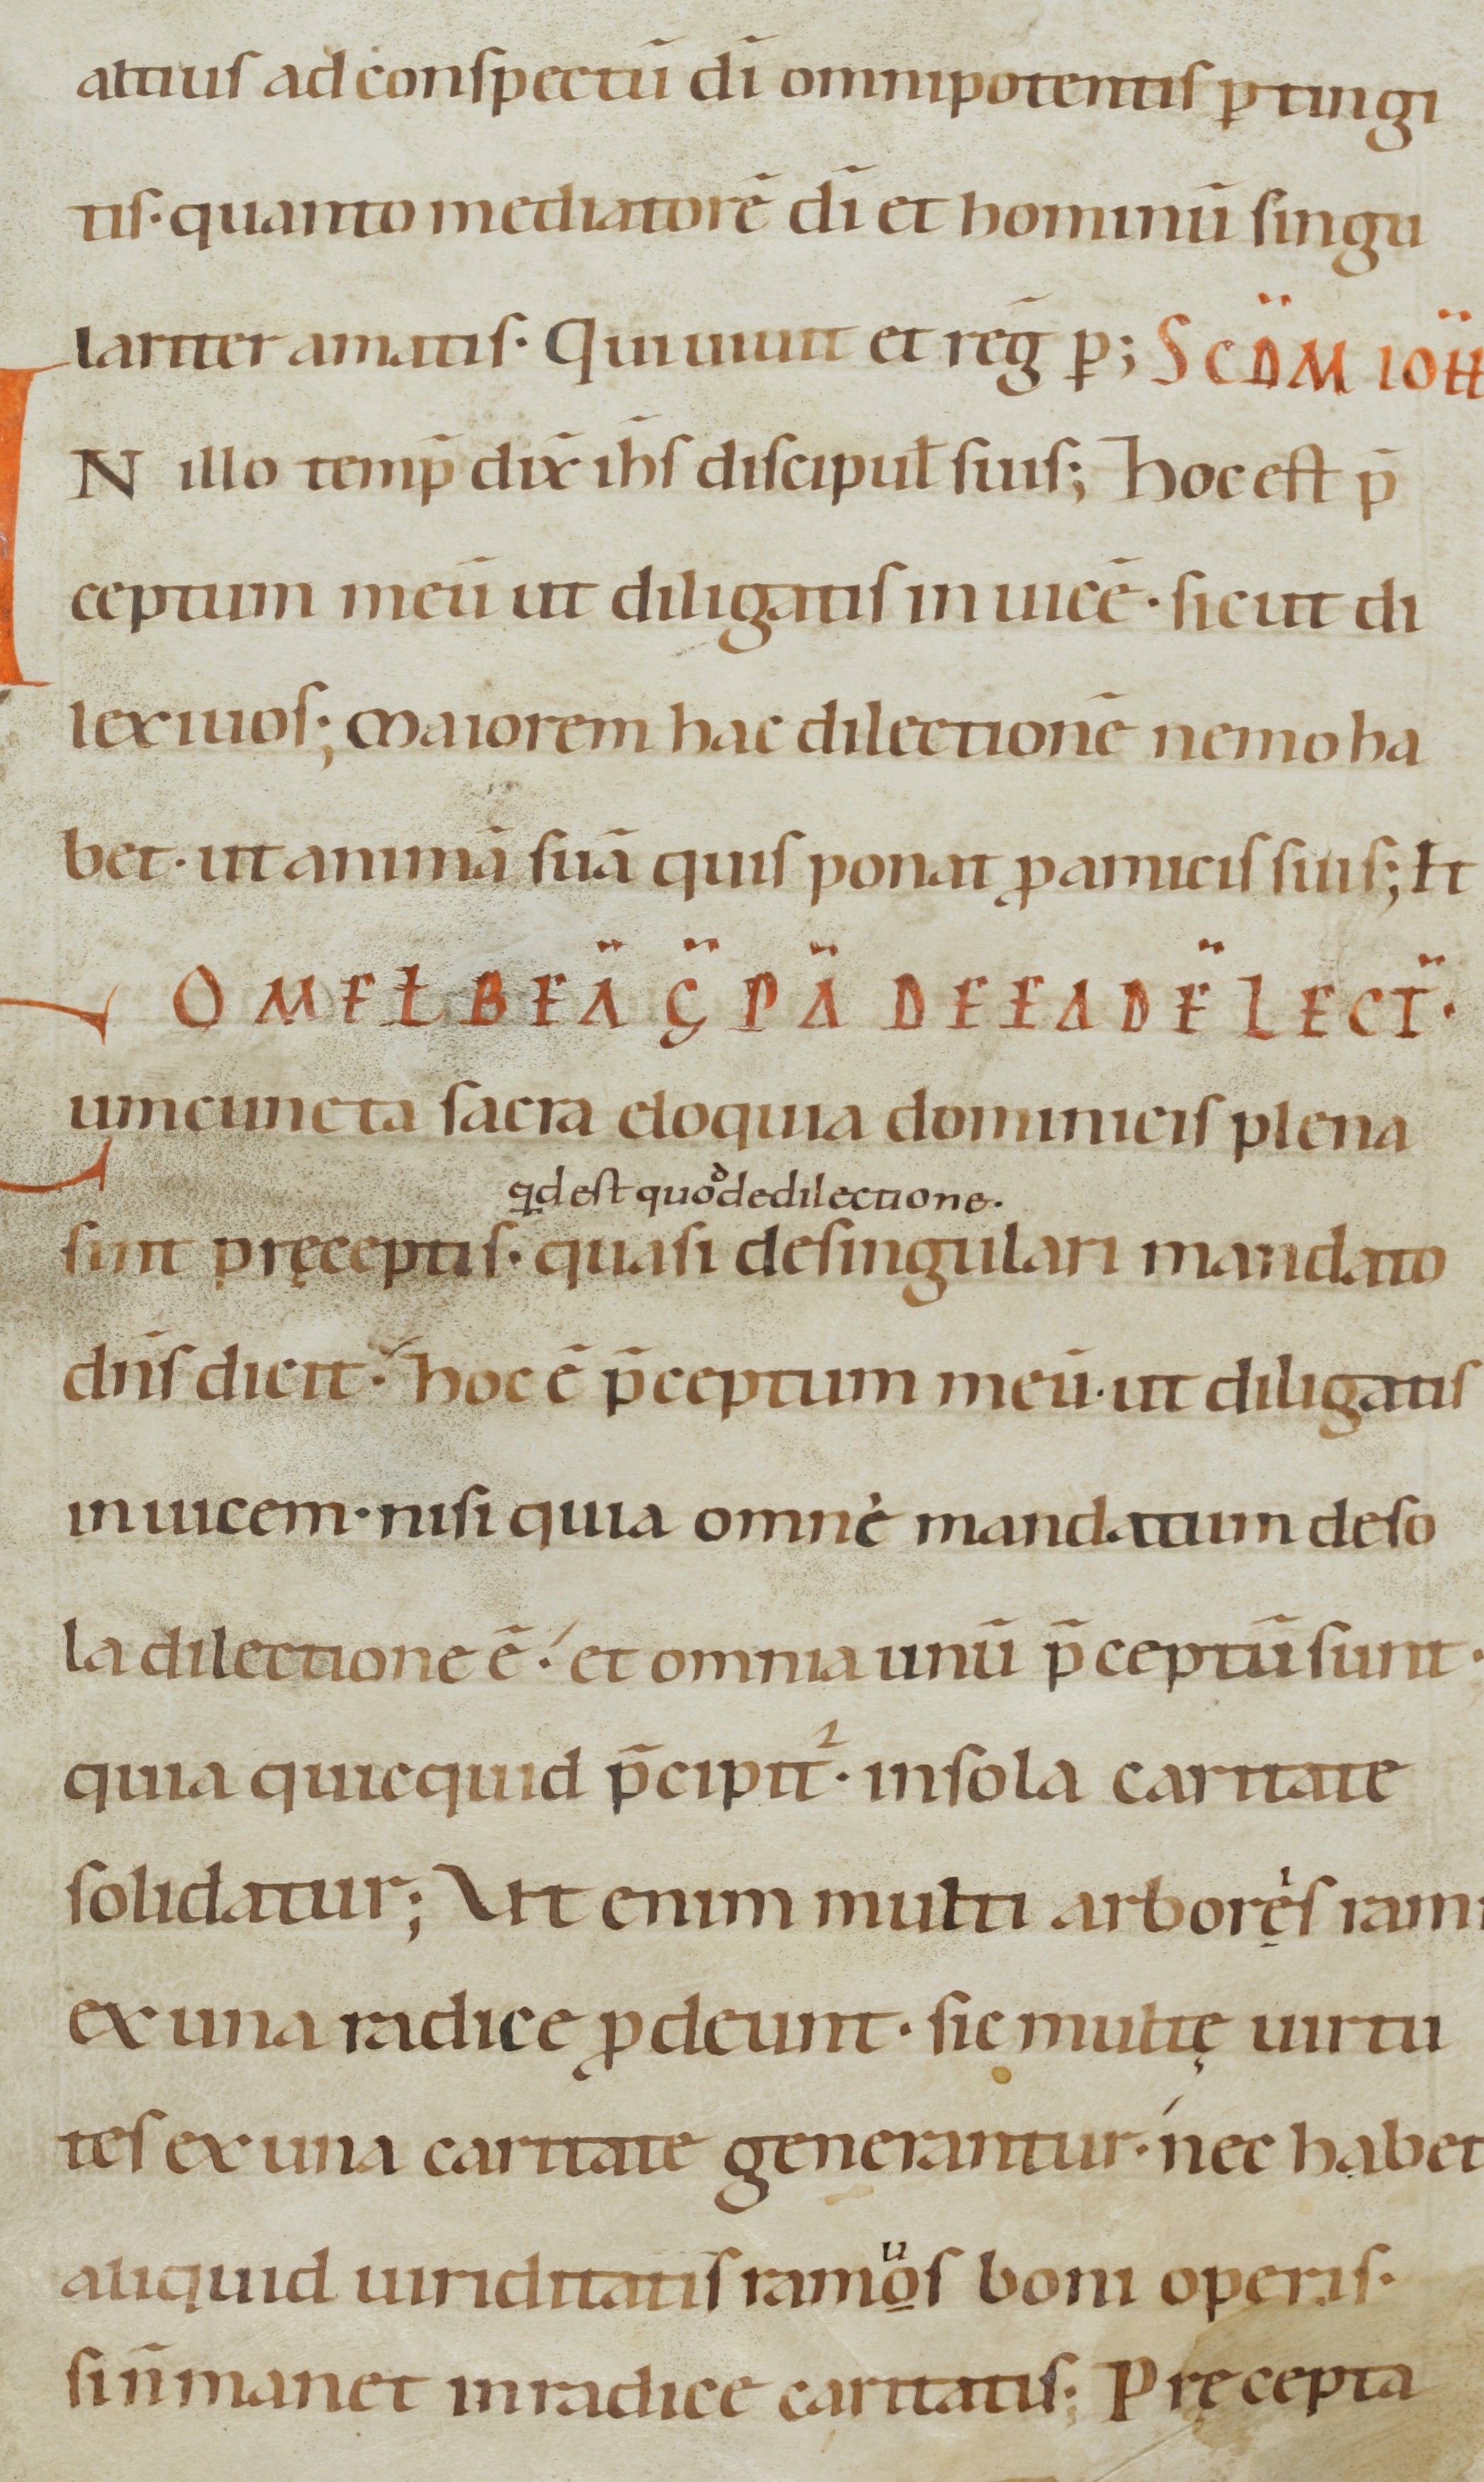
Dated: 1000–1099